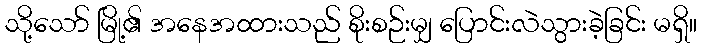
သို့သော် မြို့၏ အနေအထားသည် စိုးစဉ်းမျှ ပြောင်းလဲသွားခဲ့ခြင်း မရှိ။